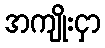
အကျိုးငှာ